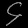
Digit: ၄